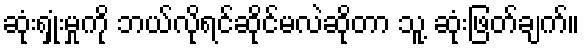
ဆုံးရှုံးမှုကို ဘယ်လိုရင်ဆိုင်မလဲဆိုတာ သူ့ ဆုံးဖြတ်ချက်။